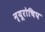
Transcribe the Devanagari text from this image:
न्यूरोचिप